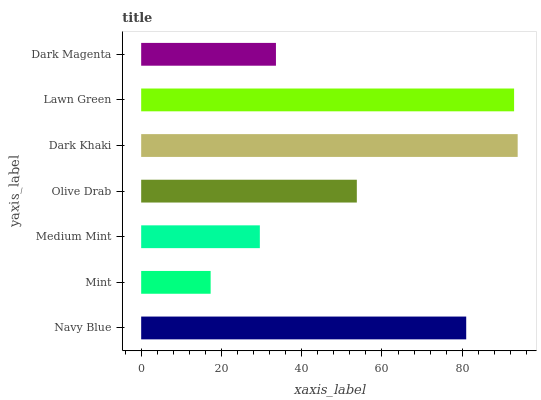
| yaxis_label | bars |
 | --- | --- |
 | Navy Blue | 81 |
 | Mint | 17.3 |
 | Medium Mint | 29.6 |
 | Olive Drab | 53.7 |
 | Dark Khaki | 93.8 |
 | Lawn Green | 92.9 |
 | Dark Magenta | 33.6 |